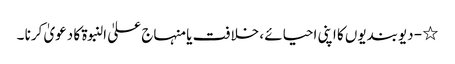
٭ - دیوبندیوں کا اپنی احیائے ، خلافت یا منہاج علیٰ النبوۃ کا دعویٰ کرنا ۔